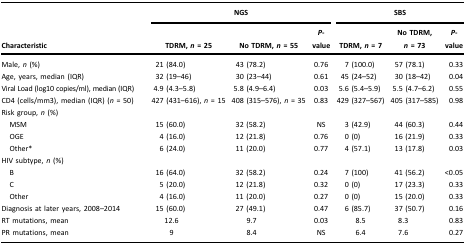
<table><thead><tr><td><b> </b></td><td colspan="3"><b>NGS</b></td><td colspan="3"><b>SBS</b></td></tr><tr><td><b>Characteristic</b></td><td><b>TDRM, <i>n</i> = 25</b></td><td><b>No TDRM, <i>n</i> = 55</b></td><td><b><i>P</i>-value</b></td><td><b>TDRM, <i>n</i> = 7</b></td><td><b>No TDRM, <i>n</i> = 73</b></td><td><b><i>P</i>-value</b></td></tr></thead><tbody><tr><td>Male, <i>n</i> (%)</td><td>21 (84.0)</td><td>43 (78.2)</td><td>0.76</td><td>7 (100.0)</td><td>57 (78.1)</td><td>0.33</td></tr><tr><td>Age, years, median (IQR)</td><td>32 (19–46)</td><td>30 (23–44)</td><td>0.61</td><td>45 (24–52)</td><td>30 (18–42)</td><td>0.04</td></tr><tr><td>Viral Load (log10 copies/ml), median (IQR)</td><td>4.9 (4.3–5.8)</td><td>5.8 (4.9–6.4)</td><td>0.03</td><td>5.6 (5.4–5.9)</td><td>5.5 (4.7–6.2)</td><td>0.55</td></tr><tr><td>CD4 (cells/mm3), median (IQR) (<i>n</i> = 50)</td><td>427 (431–616), <i>n</i> = 15</td><td>408 (315–576), <i>n</i> = 35</td><td>0.83</td><td>429 (327–567)</td><td>405 (317–585)</td><td>0.98</td></tr><tr><td>Risk group, <i>n</i> (%)</td><td> </td><td> </td><td> </td><td> </td><td> </td><td> </td></tr><tr><td> MSM</td><td>15 (60.0)</td><td>32 (58.2)</td><td>NS</td><td>3 (42.9)</td><td>44 (60.3)</td><td>0.44</td></tr><tr><td> OGE</td><td>4 (16.0)</td><td>12 (21.8)</td><td>0.76</td><td>0 (0)</td><td>16 (21.9)</td><td>0.33</td></tr><tr><td> Other*</td><td>6 (24.0)</td><td>11 (20.0)</td><td>0.77</td><td>4 (57.1)</td><td>13 (17.8)</td><td>0.03</td></tr><tr><td>HIV subtype, <i>n</i> (%)</td><td> </td><td> </td><td> </td><td> </td><td> </td><td> </td></tr><tr><td> B</td><td>16 (64.0)</td><td>32 (58.2)</td><td>0.24</td><td>7 (100)</td><td>41 (56.2)</td><td>&lt;0.05</td></tr><tr><td> C</td><td>5 (20.0)</td><td>12 (21.8)</td><td>0.32</td><td>0 (0)</td><td>17 (23.3)</td><td>0.33</td></tr><tr><td> Other</td><td>4 (16.0)</td><td>11 (20.0)</td><td>0.27</td><td>0 (0)</td><td>15 (20.0)</td><td>0.33</td></tr><tr><td>Diagnosis at later years, 2008–2014</td><td>15 (60.0)</td><td>27 (49.1)</td><td>0.47</td><td>6 (85.7)</td><td>37 (50.7)</td><td>0.16</td></tr><tr><td>RT mutations, mean</td><td>12.6</td><td>9.7</td><td>0.03</td><td>8.5</td><td>8.3</td><td>0.83</td></tr><tr><td>PR mutations, mean</td><td>9</td><td>8.4</td><td>NS</td><td>6.4</td><td>7.6</td><td>0.27</td></tr></tbody></table>